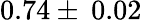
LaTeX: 0.74\pm\: 0.02